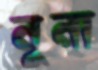
নুনা